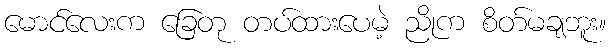
မောင်လေးက ခြေတု တပ်ထားပေမဲ့ ညိုက စိတ်မချဘူး။